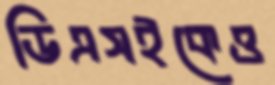
ডিএসইকেও